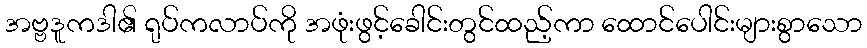
အဗ္ဗဒူကဒါ၏ ရုပ်ကလာပ်ကို အဖုံးဖွင့်ခေါင်းတွင်ထည့်ကာ ထောင်ပေါင်းများစွာသော